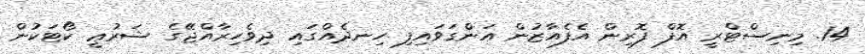
14. މިނިސްޓްރީ އޮފް ފޮރިން އެފެއާޒުން އަންގަވައިފި ހިނދެއްގައި ދިވެހިރާއްޖޭގެ ޝަރުޢީ ކޯޓަކުން